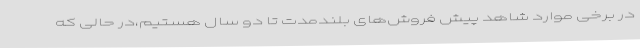
در برخی موارد شاهد پیش فروش‌های بلندمدت تا دو سال هستیم،در حالی که